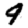
Digit: 9